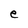
Character: e